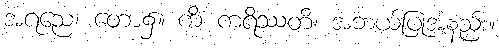
အရညေ၊ တော၌။ ကိံ ကရိဿတိ၊ အဘယ်ပြုအံ့နည်း။